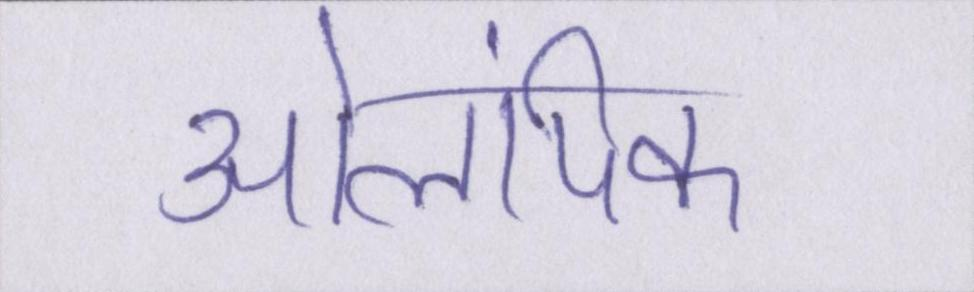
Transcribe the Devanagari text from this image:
ओलंपिक